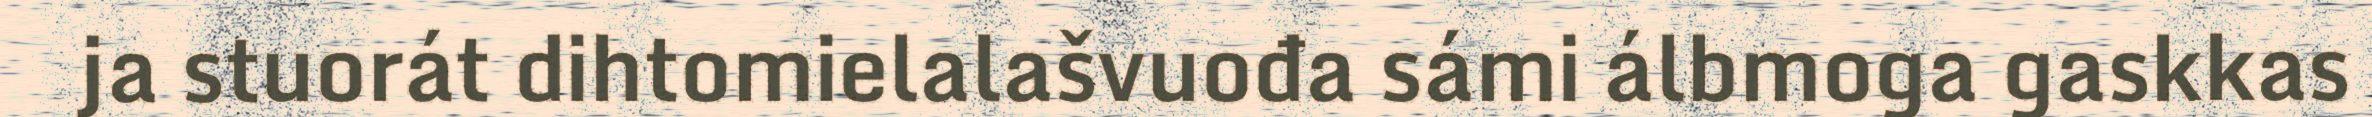
ja stuorát dihtomielalašvuođa sámi álbmoga gaskkas